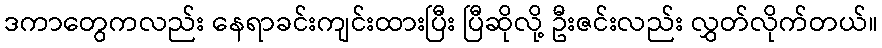
ဒကာတွေကလည်း နေရာခင်းကျင်းထားပြီး ပြီဆိုလို့ ဦးဇင်းလည်း လွှတ်လိုက်တယ်။